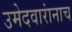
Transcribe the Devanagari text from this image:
उमेदवारांनाच